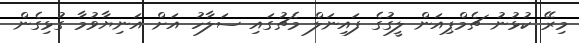
މިރޭ ކުޅުނު ޗެމްޕިއަން ލީގުގެ ފައިނަލް މެޗުގައި ސަލާހު އަށް އަނިޔާވުމާ ގުޅިގެން